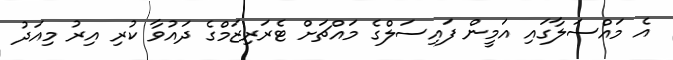
އެ މައްސަލާގައި އަމީން ފައިސަލްގެ މައްޗަށް ޓެރަރިޒަމްގެ ދައުވާ ކުރި އިރު މިއަދު